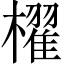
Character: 櫂